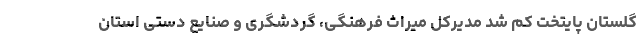
گلستان پایتخت کم شد مدیرکل میراث فرهنگی، گردشگری و صنایع دستی استان